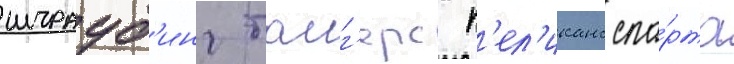
штрауб'инг таиг'ерс п'ел'иканс спа́рта